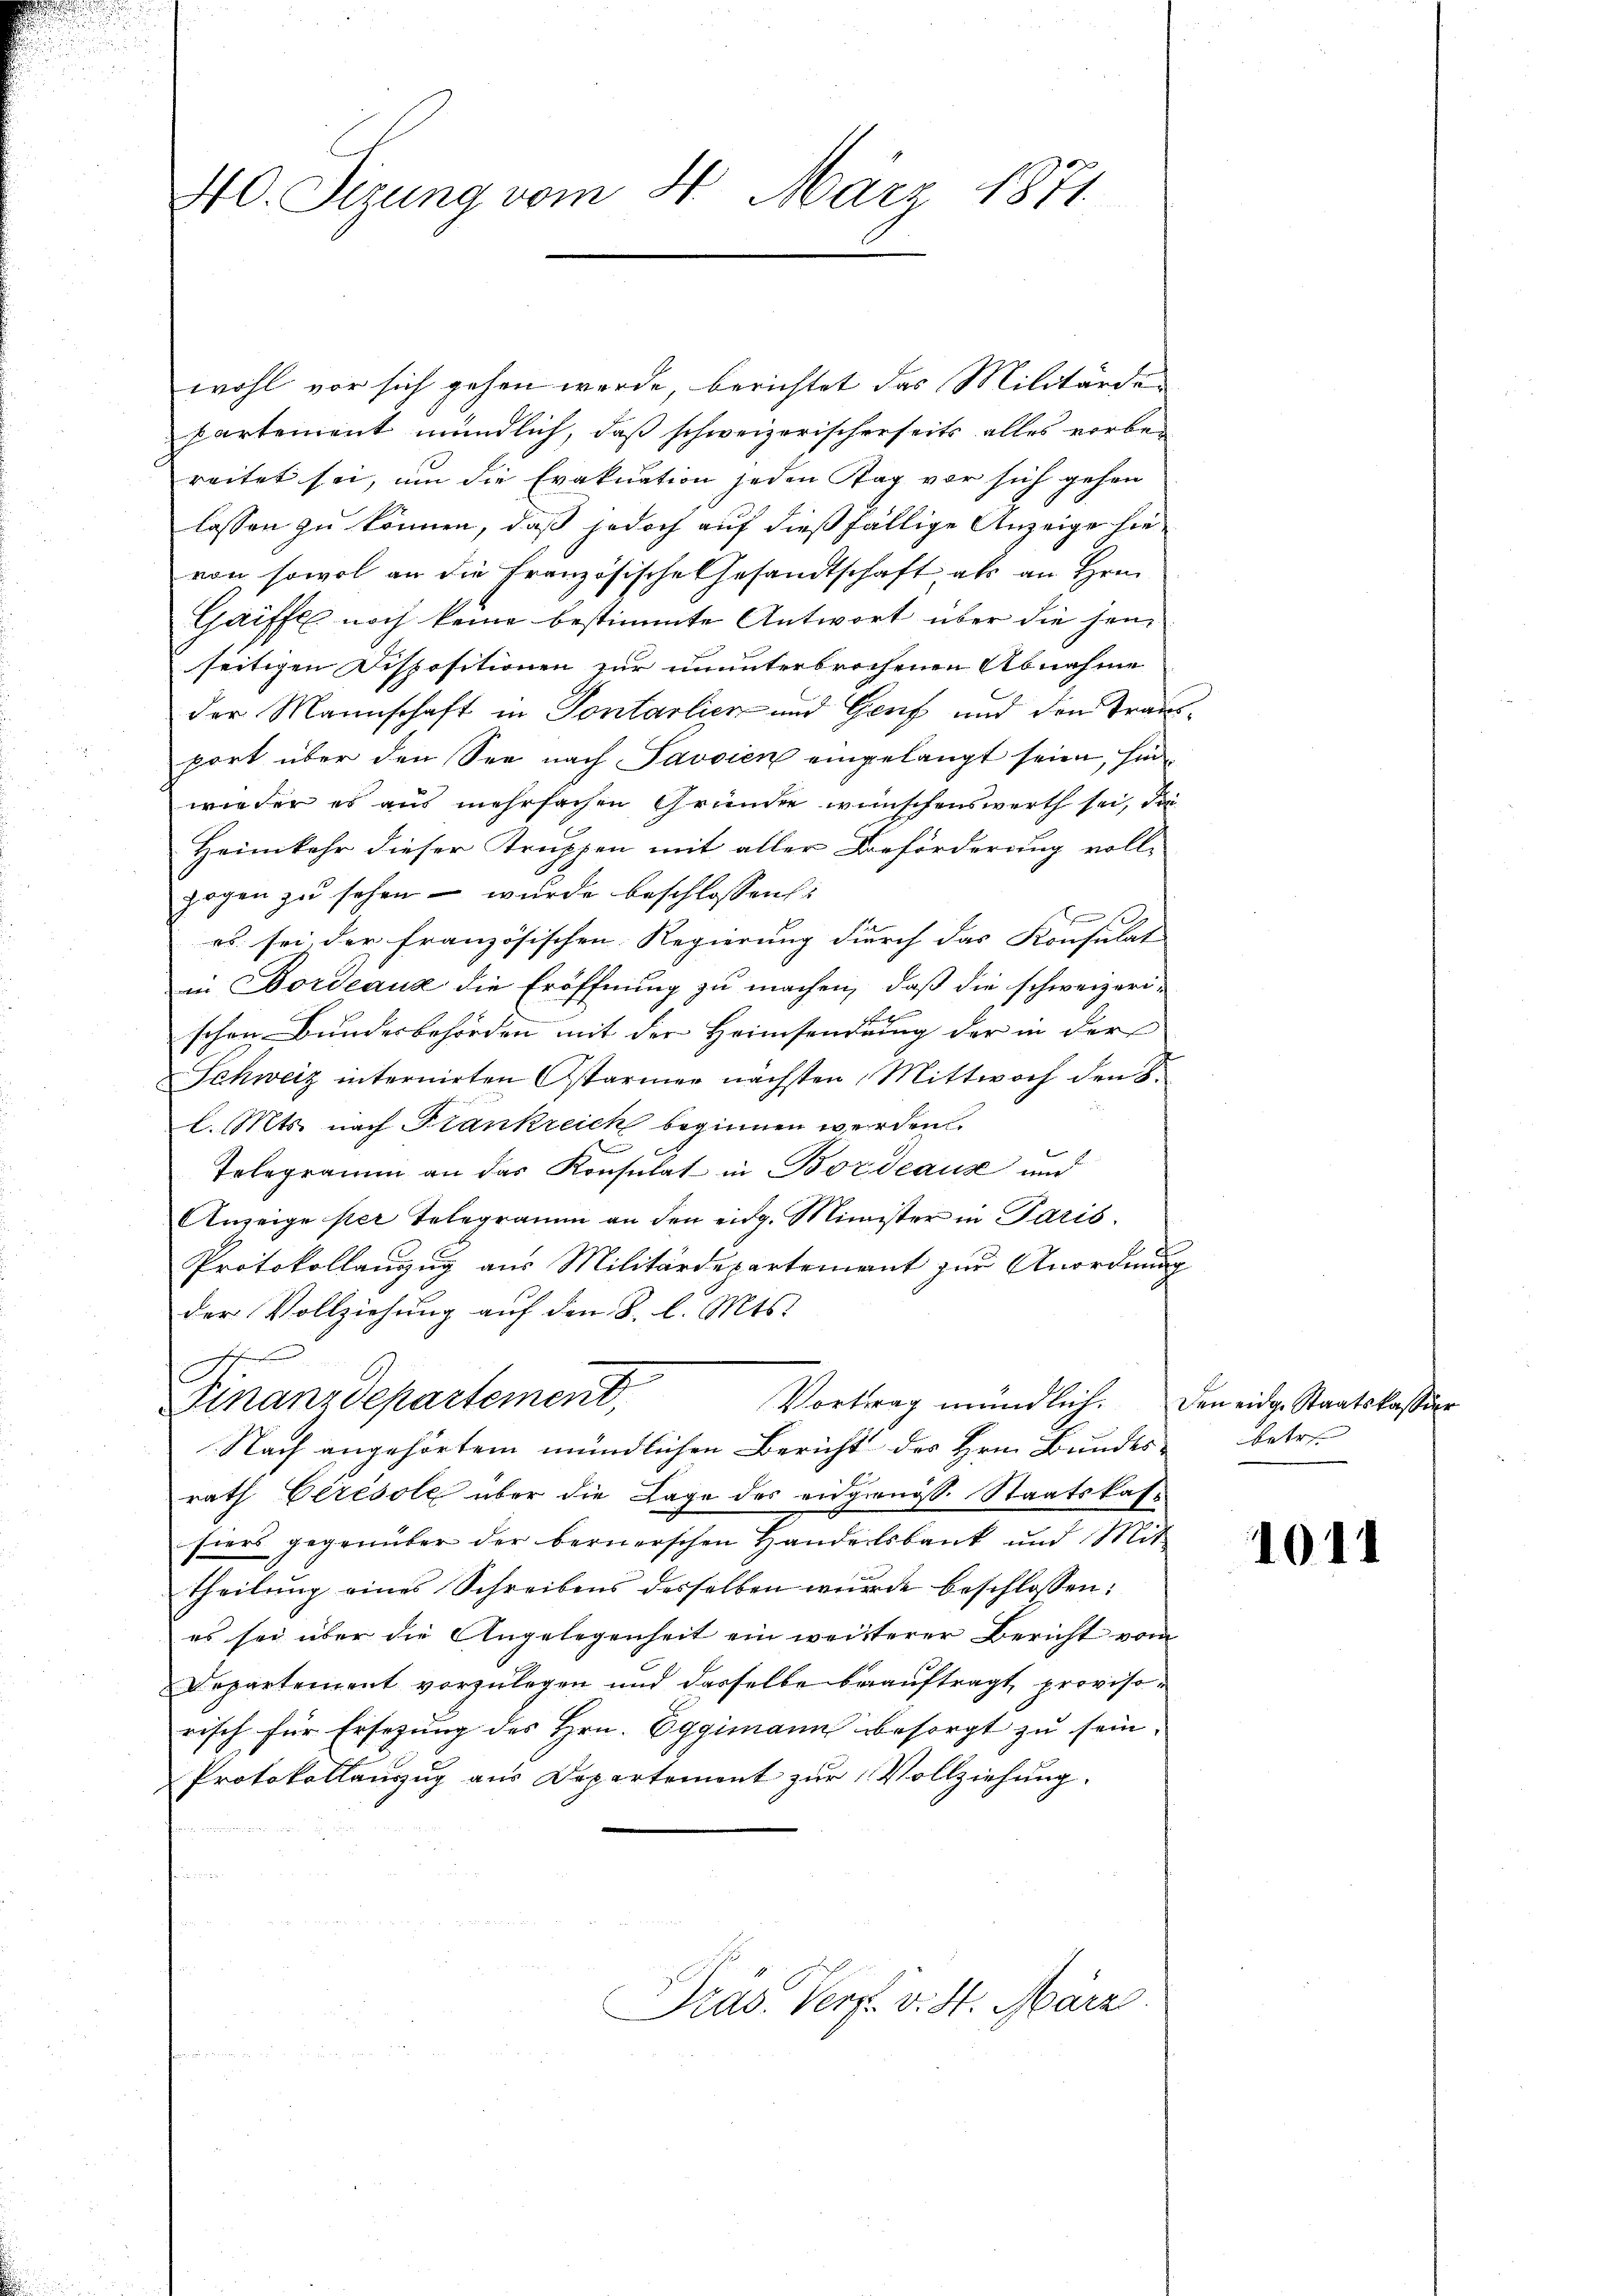
40. Sizung vom 4. März 1871.

wohl vor sich gehen werde, berichtet das Militärde
partement mündlich, daß schweizerischerseits alles vorbereitet sei, um die Evakuation jeden Tag vor sich gehen
lassen zu können, daß jedoch auf dießfällige Anzeige hievon sowol an die Französische Gesandtschaft als an Hrn.
Gaiffe noch keine bestimmte Antwort über die jenseitigen Dispositionen zur ununterbrochenen Abnahme
der Mannschaft in Sontalien und Genf und den Tranport über den See nach Javsien eingelangt seien, hinwieder es aus mehrfachen Gründen wünschenswerth sei, die
Heimkehr dieser Truppen mit aller Beförderung voll-
zogen zu sehen – wurde beschlossen:
es sei, der französischen Regierung durch das Konsulat
in Bordeaus die Eröffnung zu machen, daß die schweizerischen Bundesbehörden mit der Heimsendung der in der
Schweiz internirten Ostarmer nächsten Mittwoch den S.
l. Mts. nach Frankreich beginnen werden.
n
Telegramm an das Konsulat in Bordeause und
Anzeige per Telegramm an den eidg. Minister in Paris.
Protokollanzug aus Militärdepartement zur Anordnung
der Vollziehung auf den S. l. Mts.
Finanzdepartement,
Vortrag mündlich. Den eidg. Staatskassier
Nach angehörtem mündlichen Bericht des Hrn. Bundes-
rath Beresole über die Lage des eidgenöss. Staatskashiers gegenüber der bernerschen Handelsbank und Mit
theilŭng eines Schreibens desselben wurde beschlossen:
es sei über die Angelegenheit ein weiterer Bericht vom
Departement vorzulegen und dasselbe beauftragt, provisorisch für Ersezung des Hrn. Eggimann besorgt zu sein.
Protokollauszug aus Departement zur Vollziehung.
Präs. Verf. v. St. März.

t

1011